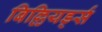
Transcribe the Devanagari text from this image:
बिल्लियर्ड्स